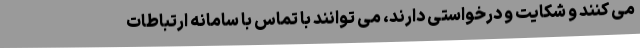
می کنند و شکایت و درخواستی دارند، می توانند با تماس با سامانه ارتباطات